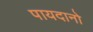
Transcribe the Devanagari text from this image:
पायदानो